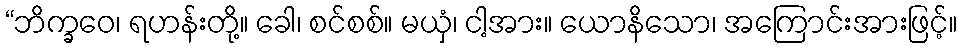
“ဘိက္ခဝေ၊ ရဟန်းတို့။ ခေါ၊ စင်စစ်။ မယှံ၊ ငါ့အား။ ယောနိသော၊ အကြောင်းအားဖြင့်။